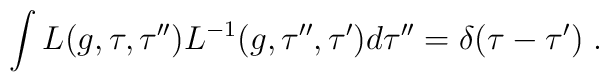
\int L(g, \tau ,\tau ^{\prime \prime})L^{-1}(g, \tau^{\prime \prime} ,\tau ^{\prime })d\tau^{\prime \prime}=\delta(\tau-\tau^{\prime})\;.